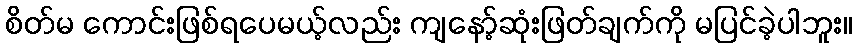
စိတ်မ ကောင်းဖြစ်ရပေမယ့်လည်း ကျနော့်ဆုံးဖြတ်ချက်ကို မပြင်ခဲ့ပါဘူး။